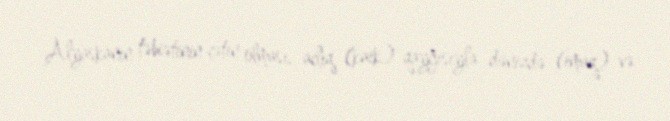
Alyaskanın təbiətinin çətin olması, aclıq (kaik) qayğısıyla dənizdə (imaq) və